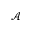
\mathcal { A }